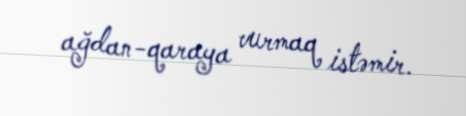
ağdan-qaraya vurmaq istəmir.